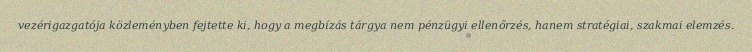
vezérigazgatója közleményben fejtette ki, hogy a megbízás tárgya nem pénzügyi ellenőrzés, hanem stratégiai, szakmai elemzés.